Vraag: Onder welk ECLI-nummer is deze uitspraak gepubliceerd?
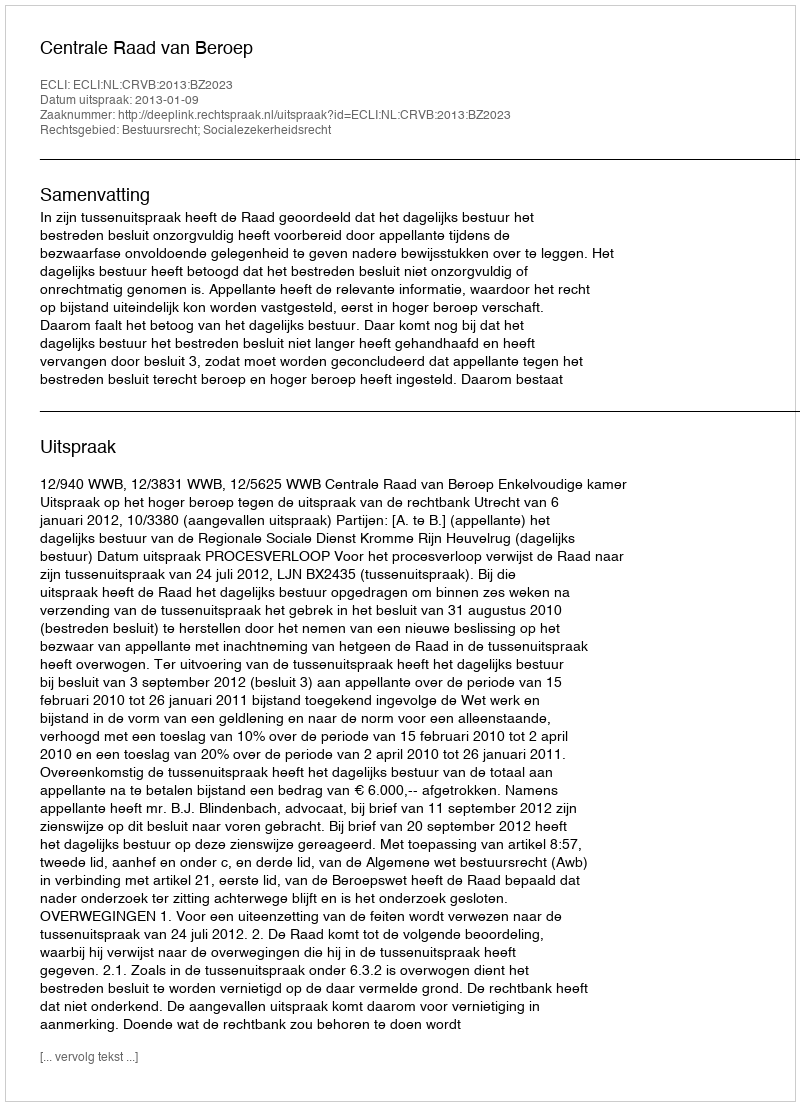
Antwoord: ECLI:NL:CRVB:2013:BZ2023